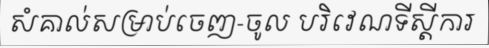
សំគាល់សម្រាប់ចេញ-ចូល បរិវេណទីស្តីការ